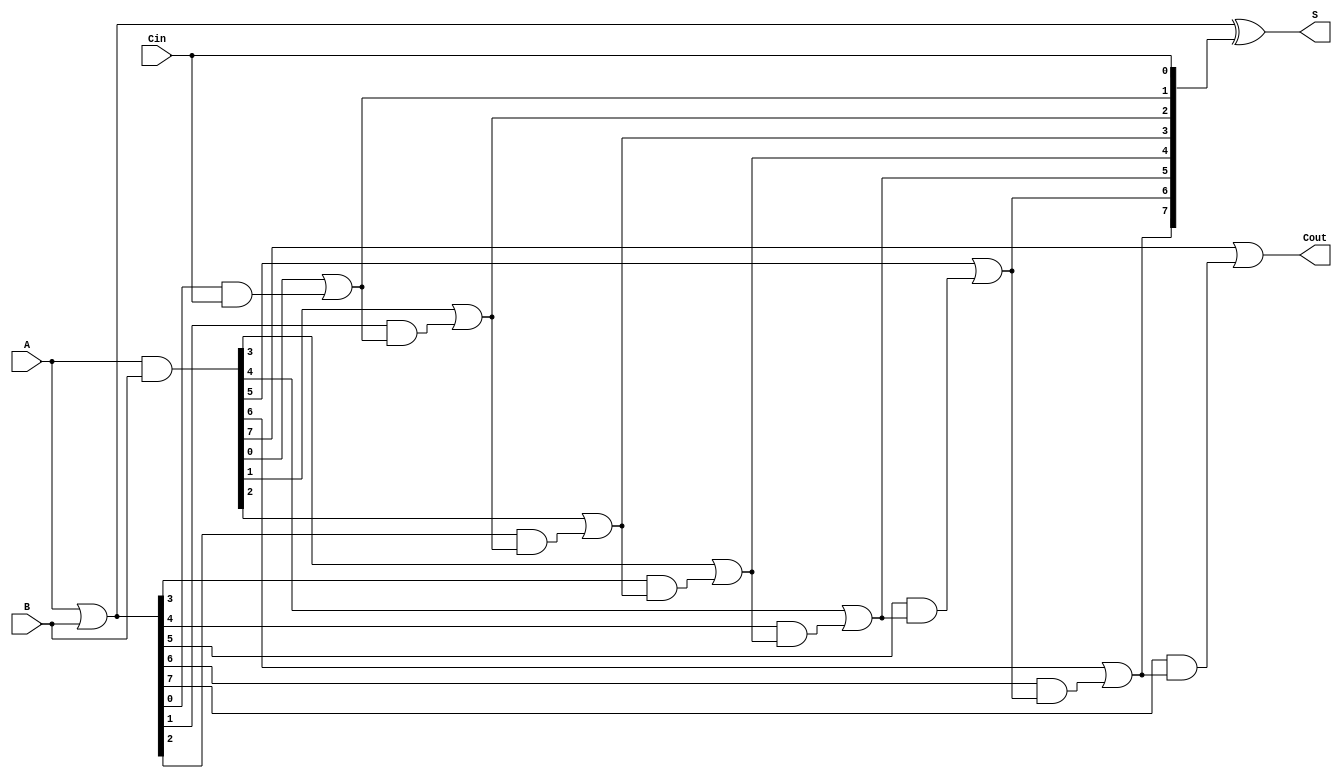
module KoggeStoneAdder #(parameter N = 8) (
    input  [N-1:0] A,      // First n-bit input
    input  [N-1:0] B,      // Second n-bit input
    input          Cin,     // Carry-in
    output [N-1:0] S,      // Sum output
    output         Cout     // Carry-out
);

    // Generate and Propagate signals
    wire [N-1:0] G; // Generate
    wire [N-1:0] P; // Propagate
    wire [N:0] C;   // Carry

    // Generate and Propagate calculations
    assign G = A & B;         // Generate
    assign P = A | B;         // Propagate

    // Carry calculation using Kogge-Stone prefix network
    assign C[0] = Cin; // Initial carry-in

    genvar i, j;
    generate
        // Stage 1
        for (i = 0; i < N; i = i + 1) begin : stage1
            assign C[i+1] = G[i] | (P[i] & C[i]);
        end

        // Additional stages for Kogge-Stone
        for (j = 1; j < N; j = j + 1) begin : stages
            for (i = 0; i < N - j; i = i + 1) begin : stage
                assign C[i + j + 1] = G[i + j] | (P[i + j] & C[i + j]);
            end
        end
    endgenerate

    // Sum calculation
    assign S = P ^ C[N-1:0]; // Sum bits
    assign Cout = C[N];      // Carry-out

endmodule